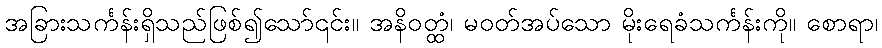
အခြားသင်္ကန်းရှိသည်ဖြစ်၍သော်၎င်း။ အနိဝတ္ထံ၊ မဝတ်အပ်သော မိုးရေခံသင်္ကန်းကို။ စောရာ၊